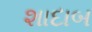
શાદાબ